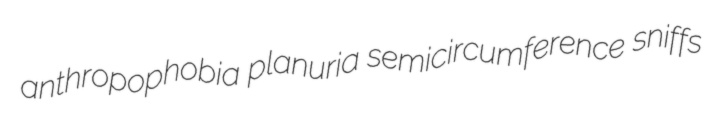
anthropophobia planuria semicircumference sniffs